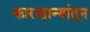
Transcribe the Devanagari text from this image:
कारखान्यांतून